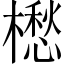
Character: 𣜷